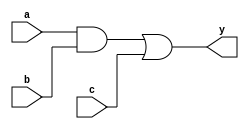
module simple_continuous_assignment (
    input wire a,        // Input signal a
    input wire b,        // Input signal b
    input wire c,        // Input signal c
    output wire y        // Output signal y
);

// Continuous assignment using the assign statement
assign y = (a & b) | c; // y is true if both a and b are true, or if c is true

endmodule